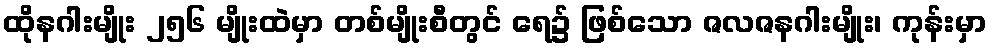
ထိုနဂါးမျိုး ၂၅၆ မျိုးထဲမှာ တစ်မျိုးစီတွင် ရေ၌ ဖြစ်သော ဇလဇနဂါးမျိုး၊ ကုန်းမှာ